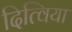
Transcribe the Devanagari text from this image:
दित्विया